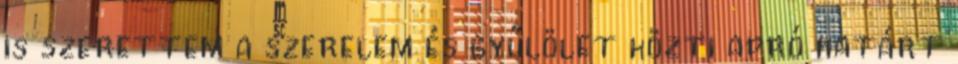
is szerettem a szerelem és gyűlölet közti apró határt